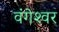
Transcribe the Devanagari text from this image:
वंगेश्‍वर